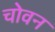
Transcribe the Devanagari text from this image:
चोवन